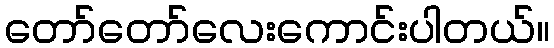
တော်တော်လေးကောင်းပါတယ်။